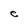
Character: C